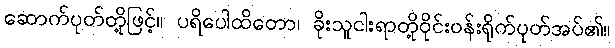
ဆောက်ပုတ်တို့ဖြင့်။ ပရိပေါထိတော၊ ခိုးသူငါးရာတို့ဝိုင်းဝန်းရိုက်ပုတ်အပ်၏။